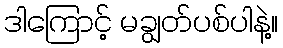
ဒါကြောင့် မချွတ်ပစ်ပါနဲ့။